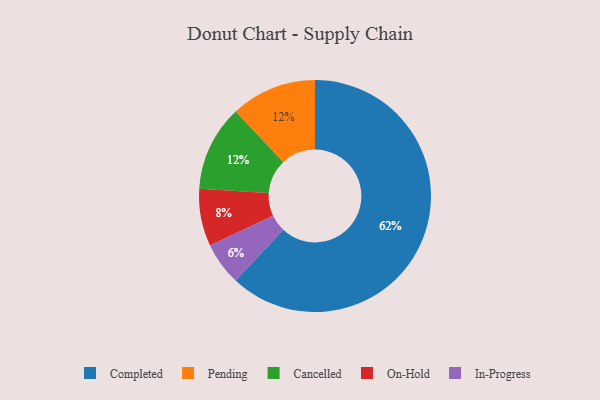
{"axis": {"x": "Category", "y": "Percentage"}, "legend": ["Cancelled", "Completed", "In-Progress", "On-Hold", "Pending"], "data": [{"x": "Completed", "y": 62, "type": "Completed"}, {"x": "On-Hold", "y": 8, "type": "On-Hold"}, {"x": "Pending", "y": 12, "type": "Pending"}, {"x": "Cancelled", "y": 12, "type": "Cancelled"}, {"x": "In-Progress", "y": 6, "type": "In-Progress"}]}